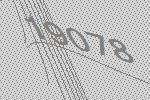
19078